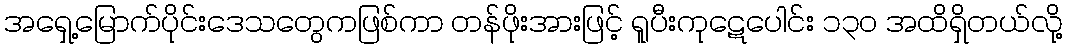
အရှေ့မြောက်ပိုင်းဒေသတွေကဖြစ်ကာ တန်ဖိုးအားဖြင့် ရူပီးကုဋေပေါင်း ၁၃၀ အထိရှိတယ်လို့